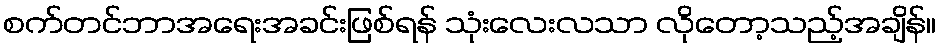
စက်တင်ဘာအရေးအခင်းဖြစ်ရန် သုံးလေးလသာ လိုတော့သည့်အချိန်။